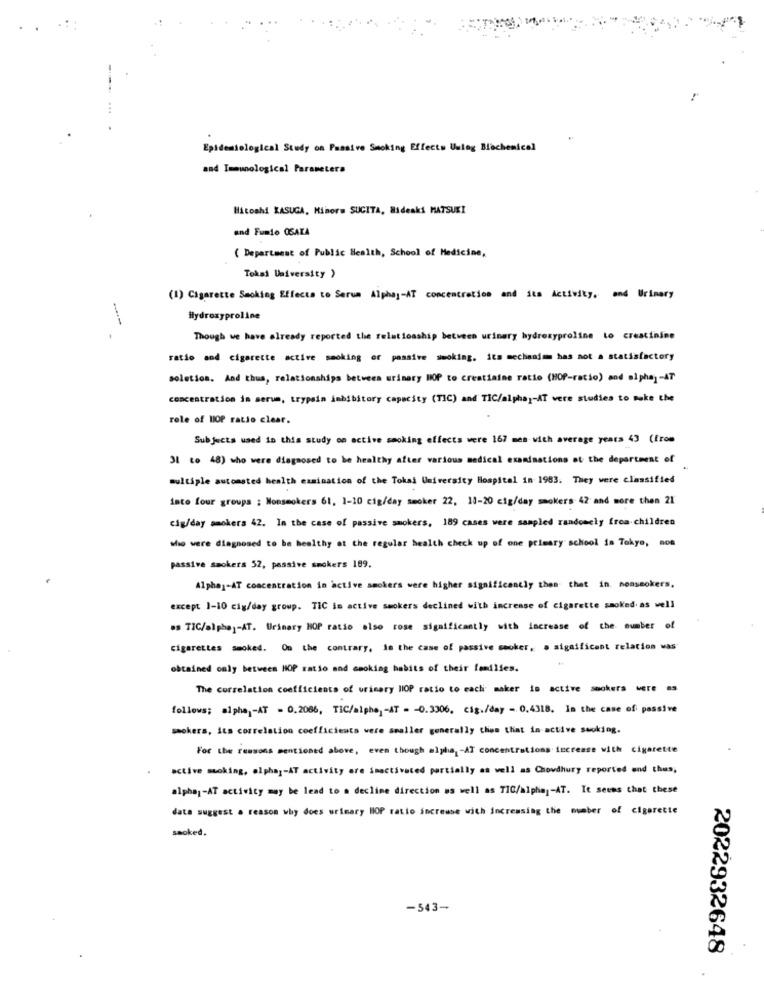
...
Epidemiological Study on Passive Smoking Effects Using Blachemical
and Immunological Parameters
Hitoshi KASUGA, Minorw SUCITA, Hideaki MATSUKI
and Fumio OSAZA
( Department of Public Health, School of Medicine,
Tokai University )
(1) Cigarette Smoking Effects to Serum Alphaj-AT concentration and its Activity.
and Urinary
Hydroxyproline
Though we have already reported the relationship between urinary hydroxyproline to creatinine
ratio and cigarette active smoking or passive smoking. its mechanism has not a statisfactory
solution. And thus, relationships between urinary HOP to creatinine ratio (HOP-ratio) and alpha] -AT
concentration in serum, trypsin inhibitory capacity (TIC) and TIC/alpha ,- AT vere studies to make the
role of HOP ratio clear.
Subjects used in this study on active smoking effects were 167 men with average yeara 43 (from
31 to 48) who were diagnosed to be healthy after various medical examinations at the department of
multiple automated health ezmination of the Tokai University Hospital in 1983. They were classified
into four groups ; Nonsmokers 61, 1-10 cig/day smoker 22, 11-20 cig/day smokers 42 and more then 21
cig/day smokers 42. In the case of passive smokers, 189 cases were sampled randomly from children
Mio were diagnosed to be healthy at the regular health check up of one primary school in Tokyo, non
passive smokers 52, passive smokers 189.
Alphaj-AT concentration in active smokers were higher significantly then thet in. nonsmokers,
except 1-10 cig/day group. TIC is active smokers declined with increase of cigarette smoked. as well
.s TIC/alpha]-AT. Urinary HOP ratio also rose significantly with increase of the number of
cigarettes smoked. On the contrary, is the case of passive mecker, a significant relation was
obtained only between HOP ratio and smoking habits of their families.
The correlation coefficients of urinary HOP ratio to each maker is active smokers were es
follows; alpha -AT - 0.2086, TIC/alphe, - AT - - 0.3306. cig./day - 0.4318. In the case of passive
smokers, its correlation coefficients were smaller generally clips that in active smoking.
For the reasons mentioned above, even though alpha, - AT concentrations increase with cigarette
active smoking, alpha]-AT activity are imactivated partially as well as Chowdhury reported and thus,
alpha1-AT activity may be lead to a decline direction as well as TIC/alphaj-AT. It seems that these
data suggest a reason why does urimary HOP ratio increase with Increasing the number of cigarette
saoked.
-543-
2022932648